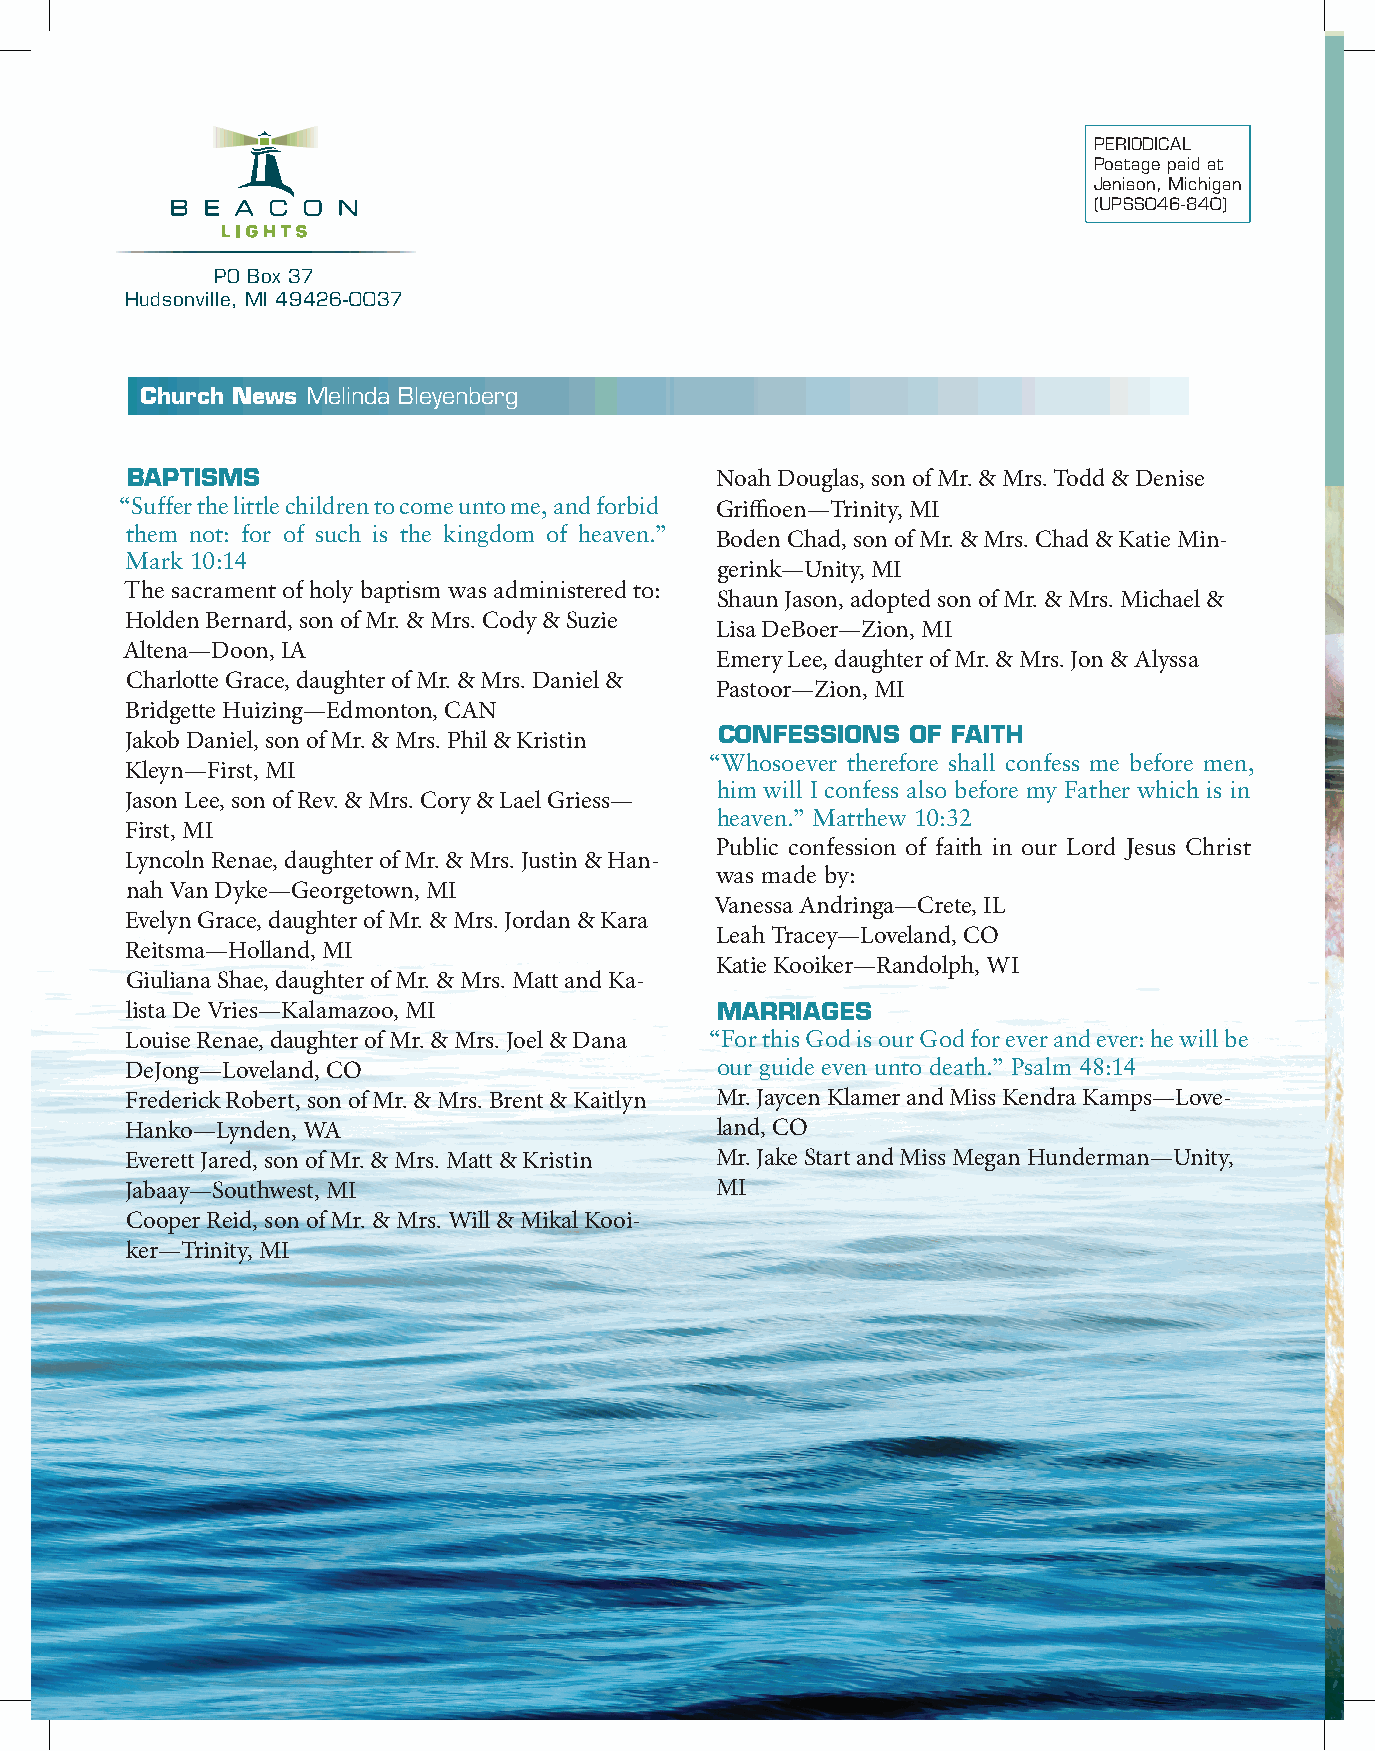
PERIODICAL
 Postage paid at
 Jenison, Michigan
 (UPSS046-840)
 PO Box 37
 Hudsonville, MI 49426-0037
 Church News Melinda Bleyenberg
 BAPTISMS                               Noah Douglas, son of Mr. & Mrs. Todd & Denise
 “Suffer the little children to come unto me, and forbid Griffioen—Trinity, MI
 them not: for of such is the kingdom of heaven.”
 Boden Chad, son of Mr. & Mrs. Chad & Katie Min-
 Mark 10:14
 gerink—Unity, MI
 The sacrament of holy baptism was administered to:
 Shaun Jason, adopted son of Mr. & Mrs. Michael &
 Holden Bernard, son of Mr. & Mrs. Cody & Suzie
 Lisa DeBoer—Zion, MI
 Altena—Doon, IA
 Emery Lee, daughter of Mr. & Mrs. Jon & Alyssa
 Charlotte Grace, daughter of Mr. & Mrs. Daniel &
 Pastoor—Zion, MI
 Bridgette Huizing—Edmonton, CAN
 CONFESSIONS OF FAITH
 Jakob Daniel, son of Mr. & Mrs. Phil & Kristin
 “Whosoever therefore shall confess me before men,
 Kleyn—First, MI
 him will I confess also before my Father which is in
 Jason Lee, son of Rev. & Mrs. Cory & Lael Griess—
 heaven.” Matthew 10:32
 First, MI
 Public confession of faith in our Lord Jesus Christ
 Lyncoln Renae, daughter of Mr. & Mrs. Justin & Han-
 was made by:
 nah Van Dyke—Georgetown, MI
 Vanessa Andringa—Crete, IL
 Evelyn Grace, daughter of Mr. & Mrs. Jordan & Kara
 Leah Tracey—Loveland, CO
 Reitsma—Holland, MI
 Katie Kooiker—Randolph, WI
 Giuliana Shae, daughter of Mr. & Mrs. Matt and Ka-
 lista De Vries—Kalamazoo, MI           MARRIAGES
 Louise Renae, daughter of Mr. & Mrs. Joel & Dana “For this God is our God for ever and ever: he will be
 DeJong—Loveland, CO                    our guide even unto death.” Psalm 48:14
 Frederick Robert, son of Mr. & Mrs. Brent & Kaitlyn Mr. Jaycen Klamer and Miss Kendra Kamps—Love-
 Hanko—Lynden, WA                       land, CO
 Everett Jared, son of Mr. & Mrs. Matt & Kristin Mr. Jake Start and Miss Megan Hunderman—Unity,
 Jabaay—Southwest, MI                   MI
 Cooper Reid, son of Mr. & Mrs. Will & Mikal Kooi-
 ker—Trinity, MI